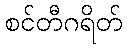
စင်တီဂရိတ်